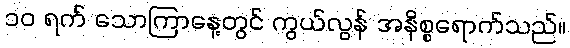
၁၀ ရက် သောကြာနေ့တွင် ကွယ်လွန် အနိစ္စရောက်သည်။